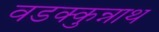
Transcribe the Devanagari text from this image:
वडक्कुन्नाथ